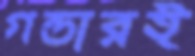
গন্ডারই